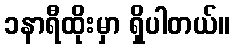
၁နာရီထိုးမှာ ရှိပါတယ်။